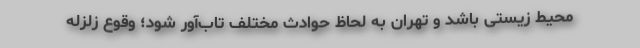
محیط زیستی باشد و تهران به لحاظ حوادث مختلف تاب‌آور شود؛ وقوع زلزله